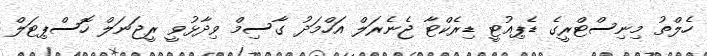
ހެލްތު މިނިސްޓްރީގެ ޑެޕިއުޓީ ޑިރެކްޓާ ޖެނެރަލް އަހްމަދު ގާސިމް ވިދާޅުވީ ރީޖަނަލް ހޮސްޕިޓަލް